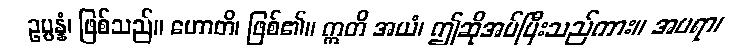
ဥပ္ပန္နံ၊ ဖြစ်သည်။ ဟောတိ၊ ဖြစ်၏။ ဣတိ အယံ၊ ဤဆိုအပ်ပြီးသည်ကား။ အပရာ၊